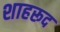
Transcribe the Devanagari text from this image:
शाहरूद